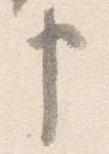
申